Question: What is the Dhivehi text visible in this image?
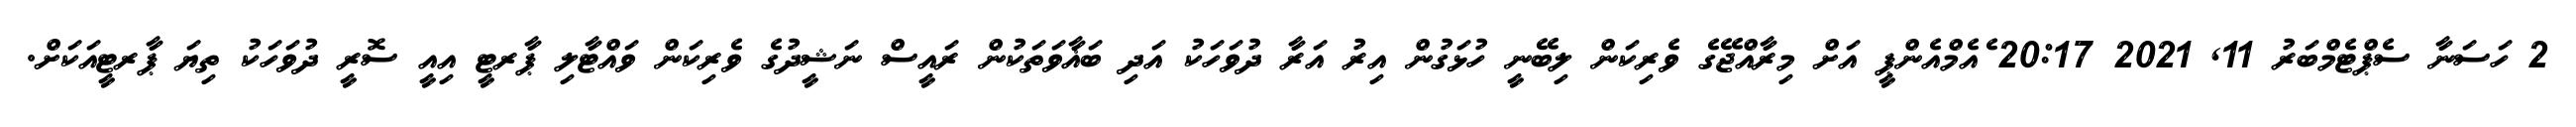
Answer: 2 ހަސަނާ ސެޕްޓެމްބަރު 11, 2021 20:17 ެއެމްއެންޕީ އަށް މިރާއްޖޭގެ ވެރިކަން ލިބޭނީ ހުޅަގުން އިރު އަރާ ދުވަހަކު އަދި ބަޣާވަތަކުން ރައީސް ނަޝީދުގެ ވެރިކަން ވައްޓާލި ޕާރޓީ އިއީ ސޮރީ ދުވަހަކު ތިޔަ ޕާރޓީއަކަށް.